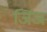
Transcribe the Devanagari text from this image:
जिंज